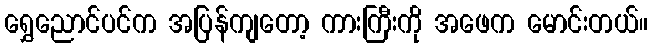
ရွှေညောင်ပင်က အပြန်ကျတော့ ကားကြီးကို အဖေက မောင်းတယ်။